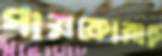
গায়কোয়াড়